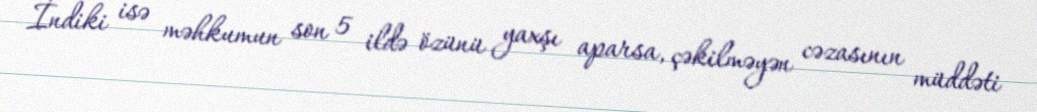
İndiki isə məhkumun son 5 ildə özünü yaxşı aparsa, çəkilməyən cəzasının müddəti